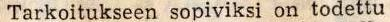
Tarkoitukseen sopiviksi on todettu